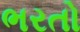
ભરતો